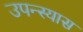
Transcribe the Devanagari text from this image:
उपन्स्यास